Plague in India, 1896, 1897 - Volume 2
Year: 1896
Disease focus: Plague
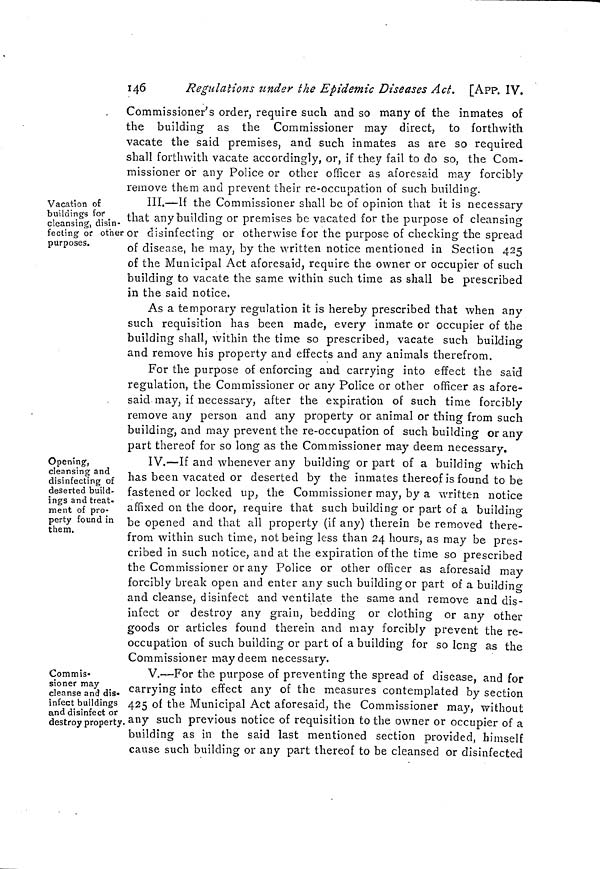
146
Regulations under the Epidemic Diseases Act, [App. IV.
Commissioner's order, require such and so many of the inmates of
the building as the Commissioner may direct, to forthwith
vacate the said premises, and such inmates as are so required
shall forthwith vacate accordingly, or, if they fail to do so, the Com-
missioner or any Police or other officer as aforesaid may forcibly
remove them and prevent their re-occupation of such building.
Vacation of
buildings for
cleansing, disin-
fecting or other
purposes.
III.—If the Commissioner shall be of opinion that it is necessary
that any building or premises be vacated for the purpose of cleansing
or disinfecting or otherwise for the purpose of checking the spread
of disease, he may, by the written notice mentioned in Section 425
of the Municipal Act aforesaid, require the owner or occupier of such
building to vacate the same within such time as shall be prescribed
in the said notice.
As a temporary regulation it is hereby prescribed that when any
such requisition has been made, every inmate or occupier of the
building shall, within the time so prescribed, vacate such building
and remove his property and effects and any animals therefrom.
For the purpose of enforcing and carrying into effect the said
regulation, the Commissioner or any Police or other officer as afore-
said may, if necessary, after the expiration of such time forcibly
remove any person and any property or animal or thing from such
building, and may prevent the re-occupation of such building or any
part thereof for so long as the Commissioner may deem necessary.
Opening,
cleansing and
disinfecting of
deserted build-
ings and treat-
ment of pro-
perty found in
them.
IV.—If and whenever any building or part of a building which
has been vacated or deserted by the inmates thereof is found to be
fastened or locked up, the Commissioner may, by a written notice
affixed on the door, require that such building or part of a building
be opened and that all property (if any) therein be removed there-
from within such time, not being less than 24 hours, as may be pres-
cribed in such notice, and at the expiration of the time so prescribed
the Commissioner or any Police or other officer as aforesaid may
forcibly break open and enter any such building or part of a building
and cleanse, disinfect and ventilate the same and remove and dis-
infect or destroy any grain, bedding or clothing or any other
goods or articles found therein and may forcibly prevent the re-
occupation of such building or part of a building for so long as the
Commissioner may deem necessary.
Commis-
sioner may
cleanse and dis»
infect buildings
and disinfect or
destroy property
V.—For the purpose of preventing the spread of disease, and for
carrying into effect any of the measures contemplated by section
425 of the Municipal Act aforesaid, the Commissioner may, without
any such previous notice of requisition to the owner or occupier of a
building as in the said last mentioned section provided, himself
cause such building or any part thereof to be cleansed or disinfected